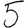
Digit: 5